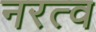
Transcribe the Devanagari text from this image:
नरत्व